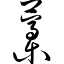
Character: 藁